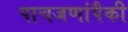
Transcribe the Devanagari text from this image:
पाचजणांपैकी